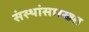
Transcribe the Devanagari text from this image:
संस्थांसारख्या